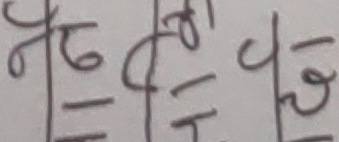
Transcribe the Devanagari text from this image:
७/८ ५/८ ४/८